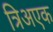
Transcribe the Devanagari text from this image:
त्रिअएक